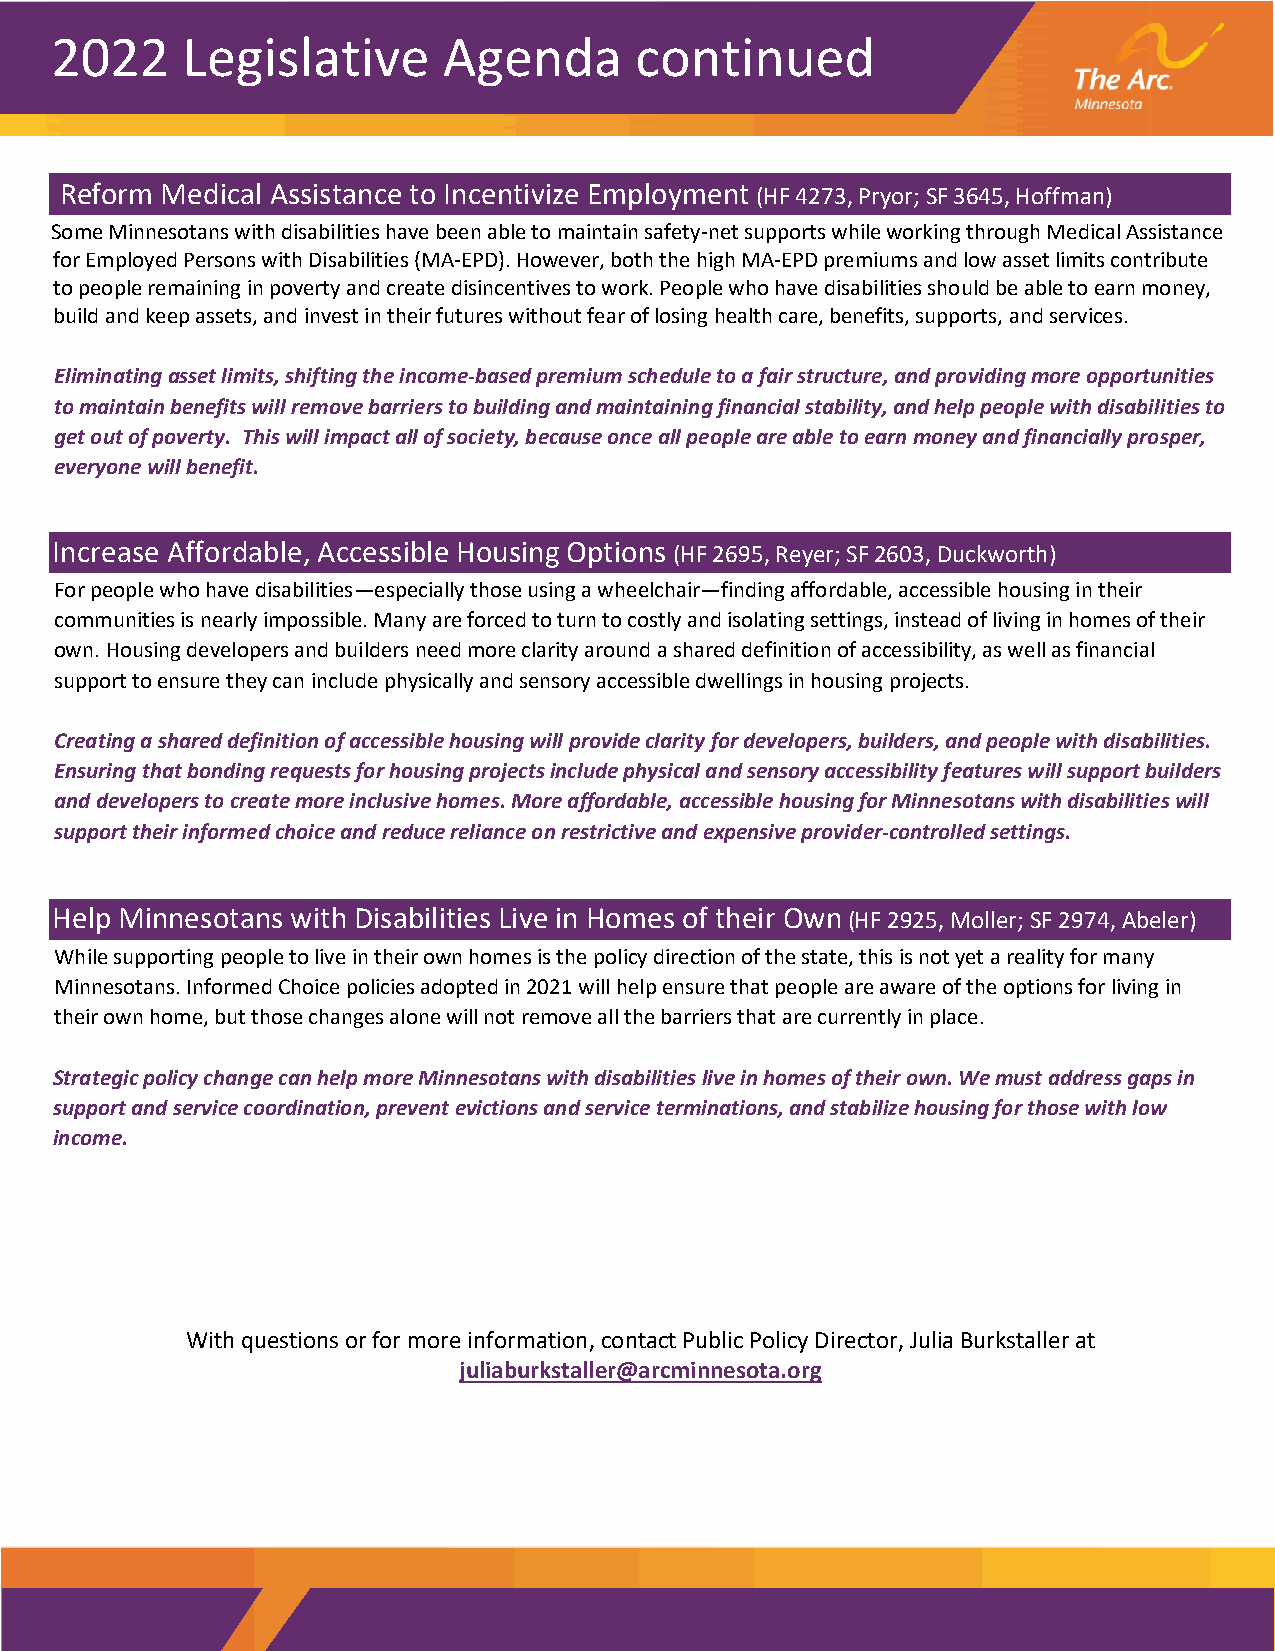
2022     Legislative      Agenda       continued
 Reform Medical Assistance to Incentivize Employment (HF 4273, Pryor; SF 3645, Hoffman)
 Some Minnesotans with disabilities have been able to maintain safety-net supports while working through Medical Assistance
 for Employed Persons with Disabilities (MA-EPD). However, both the high MA-EPD premiums and low asset limits contribute
 to people remaining in poverty and create disincentives to work. People who have disabilities should be able to earn money,
 build and keep assets, and invest in their futures without fear of losing health care, benefits, supports, and services.
 Eliminating asset limits, shifting the income-based premium schedule to a fair structure, and providing more opportunities
 to maintain benefits will remove barriers to building and maintaining financial stability, and help people with disabilities to
 get out of poverty. This will impact all of society, because once all people are able to earn money and financially prosper,
 everyone will benefit.
 Increase Affordable, Accessible Housing Options (HF 2695, Reyer; SF 2603, Duckworth)
 For people who have disabilities—especially those using a wheelchair—finding affordable, accessible housing in their
 communities is nearly impossible. Many are forced to turn to costly and isolating settings, instead of living in homes of their
 own. Housing developers and builders need more clarity around a shared definition of accessibility, as well as financial
 support to ensure they can include physically and sensory accessible dwellings in housing projects.
 Creating a shared definition of accessible housing will provide clarity for developers, builders, and people with disabilities.
 Ensuring that bonding requests for housing projects include physical and sensory accessibility features will support builders
 and developers to create more inclusive homes. More affordable, accessible housing for Minnesotans with disabilities will
 support their informed choice and reduce reliance on restrictive and expensive provider-controlled settings.
 Help Minnesotans with Disabilities Live in Homes of their Own (HF 2925, Moller; SF 2974, Abeler)
 While supporting people to live in their own homes is the policy direction of the state, this is not yet a reality for many
 Minnesotans. Informed Choice policies adopted in 2021 will help ensure that people are aware of the options for living in
 their own home, but those changes alone will not remove all the barriers that are currently in place.
 Strategic policy change can help more Minnesotans with disabilities live in homes of their own. We must address gaps in
 support and service coordination, prevent evictions and service terminations, and stabilize housing for those with low
 income.
 With questions or for more information, contact Public Policy Director, Julia Burkstaller at
 juliaburkstaller@arcminnesota.org